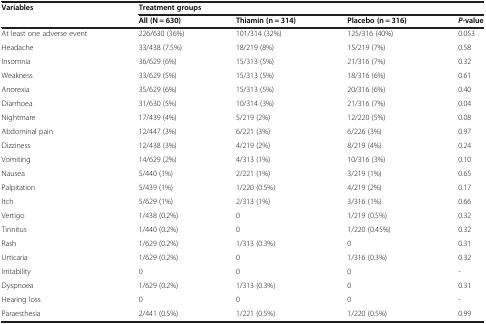
<table><thead><tr><td><b>Variables</b></td><td colspan="4"><b>Treatment groups</b></td></tr><tr><td><b> </b></td><td><b>All (N = 630)</b></td><td><b>Thiamin (n = 314)</b></td><td><b>Placebo (n = 316)</b></td><td><b><i>P</i>-value</b></td></tr></thead><tbody><tr><td>At least one adverse event</td><td>226/630 (36%)</td><td>101/314 (32%)</td><td>125/316 (40%)</td><td>0.053</td></tr><tr><td>Headache</td><td>33/438 (7.5%)</td><td>18/219 (8%)</td><td>15/219 (7%)</td><td>0.58</td></tr><tr><td>Insomnia</td><td>36/629 (6%)</td><td>15/313 (5%)</td><td>21/316 (7%)</td><td>0.32</td></tr><tr><td>Weakness</td><td>33/629 (5%)</td><td>15/313 (5%)</td><td>18/316 (6%)</td><td>0.61</td></tr><tr><td>Anorexia</td><td>35/629 (6%)</td><td>15/313 (5%)</td><td>20/316 (6%)</td><td>0.40</td></tr><tr><td>Diarrhoea</td><td>31/630 (5%)</td><td>10/314 (3%)</td><td>21/316 (7%)</td><td>0.04</td></tr><tr><td>Nightmare</td><td>17/439 (4%)</td><td>5/219 (2%)</td><td>12/220 (5%)</td><td>0.08</td></tr><tr><td>Abdominal pain</td><td>12/447 (3%)</td><td>6/221 (3%)</td><td>6/226 (3%)</td><td>0.97</td></tr><tr><td>Dizziness</td><td>12/438 (3%)</td><td>4/219 (2%)</td><td>8/219 (4%)</td><td>0.24</td></tr><tr><td>Vomiting</td><td>14/629 (2%)</td><td>4/313 (1%)</td><td>10/316 (3%)</td><td>0.10</td></tr><tr><td>Nausea</td><td>5/440 (1%)</td><td>2/221 (1%)</td><td>3/219 (1%)</td><td>0.65</td></tr><tr><td>Palpitation</td><td>5/439 (1%)</td><td>1/220 (0.5%)</td><td>4/219 (2%)</td><td>0.17</td></tr><tr><td>Itch</td><td>5/629 (1%)</td><td>2/313 (1%)</td><td>3/316 (1%)</td><td>0.66</td></tr><tr><td>Vertigo</td><td>1/438 (0.2%)</td><td>0</td><td>1/219 (0.5%)</td><td>0.32</td></tr><tr><td>Tinnitus</td><td>1/440 (0.2%)</td><td>0</td><td>1/220 (0.45%)</td><td>0.32</td></tr><tr><td>Rash</td><td>1/629 (0.2%)</td><td>1/313 (0.3%)</td><td>0</td><td>0.31</td></tr><tr><td>Urticaria</td><td>1/629 (0.2%)</td><td>0</td><td>1/316 (0.3%)</td><td>0.32</td></tr><tr><td>Irritability</td><td>0</td><td>0</td><td>0</td><td>-</td></tr><tr><td>Dyspnoea</td><td>1/629 (0.2%)</td><td>1/313 (0.3%)</td><td>0</td><td>0.31</td></tr><tr><td>Hearing loss</td><td>0</td><td>0</td><td>0</td><td>-</td></tr><tr><td>Paraesthesia</td><td>2/441 (0.5%)</td><td>1/221 (0.5%)</td><td>1/220 (0.5%)</td><td>0.99</td></tr></tbody></table>